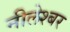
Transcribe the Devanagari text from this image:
नीलेश्बर